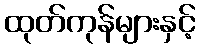
ထုတ်ကုန်များနှင့်